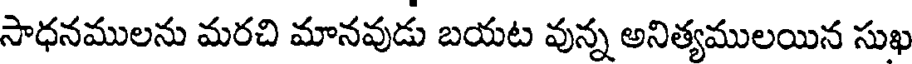
సాధనములను మరచి మానవుడు బయట వున్న అనిత్యములయిన సుఖ